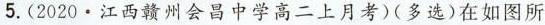
5.(2020·江西赣州会昌中学高二上月考)(多选)在如图所